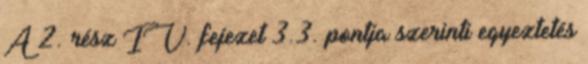
A 2. rész IV. fejezet 3.3. pontja szerinti egyeztetés